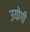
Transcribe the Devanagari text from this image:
उयोगी